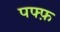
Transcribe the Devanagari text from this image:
पफ्फ़